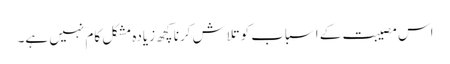
اس مصیبت کے اسباب کو تلاش کرنا کچھ زیادہ مشکل کام نہیں ہے۔